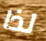
لذا